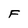
Character: F